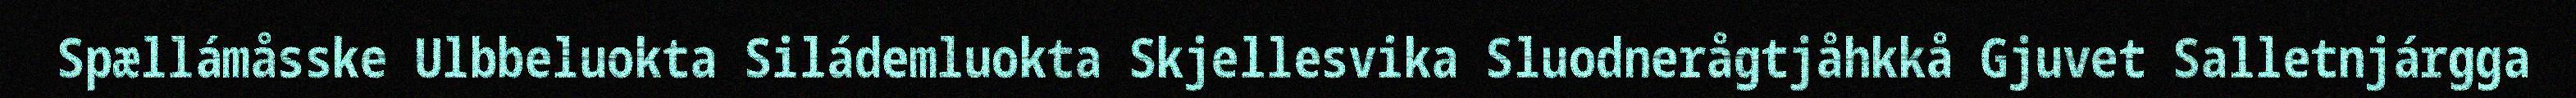
Spællámåsske Ulbbeluokta Siládemluokta Skjellesvika Sluodnerågtjåhkkå Gjuvet Salletnjárgga